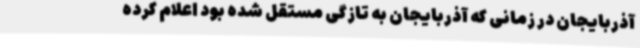
آذربایجان در زمانی که آذربایجان به تازگی مستقل شده بود اعلام کرده